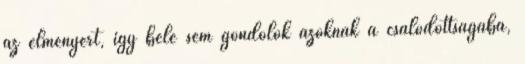
az élményért, így bele sem gondolok azoknak a csalódottságába,